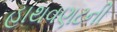
હાથવણટની